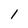
Character: l